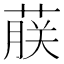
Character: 𬝤